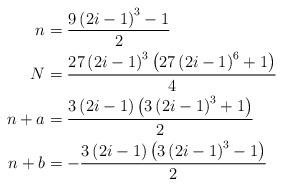
LaTeX: \begin{align*}n & =\frac{9\left(2i-1\right)^{3}-1}{2}\\N & =\frac{27\left(2i-1\right)^{3}\left(27\left(2i-1\right)^{6}+1\right)}{4}\\n+a & =\frac{3\left(2i-1\right)\left(3\left(2i-1\right)^{3}+1\right)}{2}\\n+b & =-\frac{3\left(2i-1\right)\left(3\left(2i-1\right)^{3}-1\right)}{2}\end{align*}